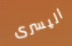
اليسرى